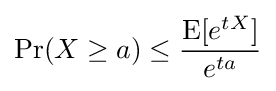
\Pr(X\geq a)\leq {\frac {\operatorname {E} [e^{tX}]}{e^{ta}}}